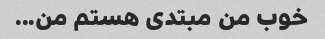
خوب من مبتدی هستم من...